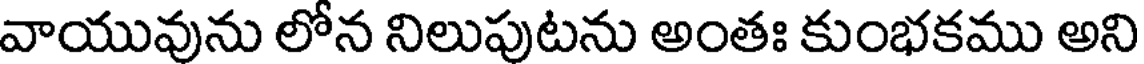
వాయువును లోన నిలుపుటను అంతః కుంభకము అని